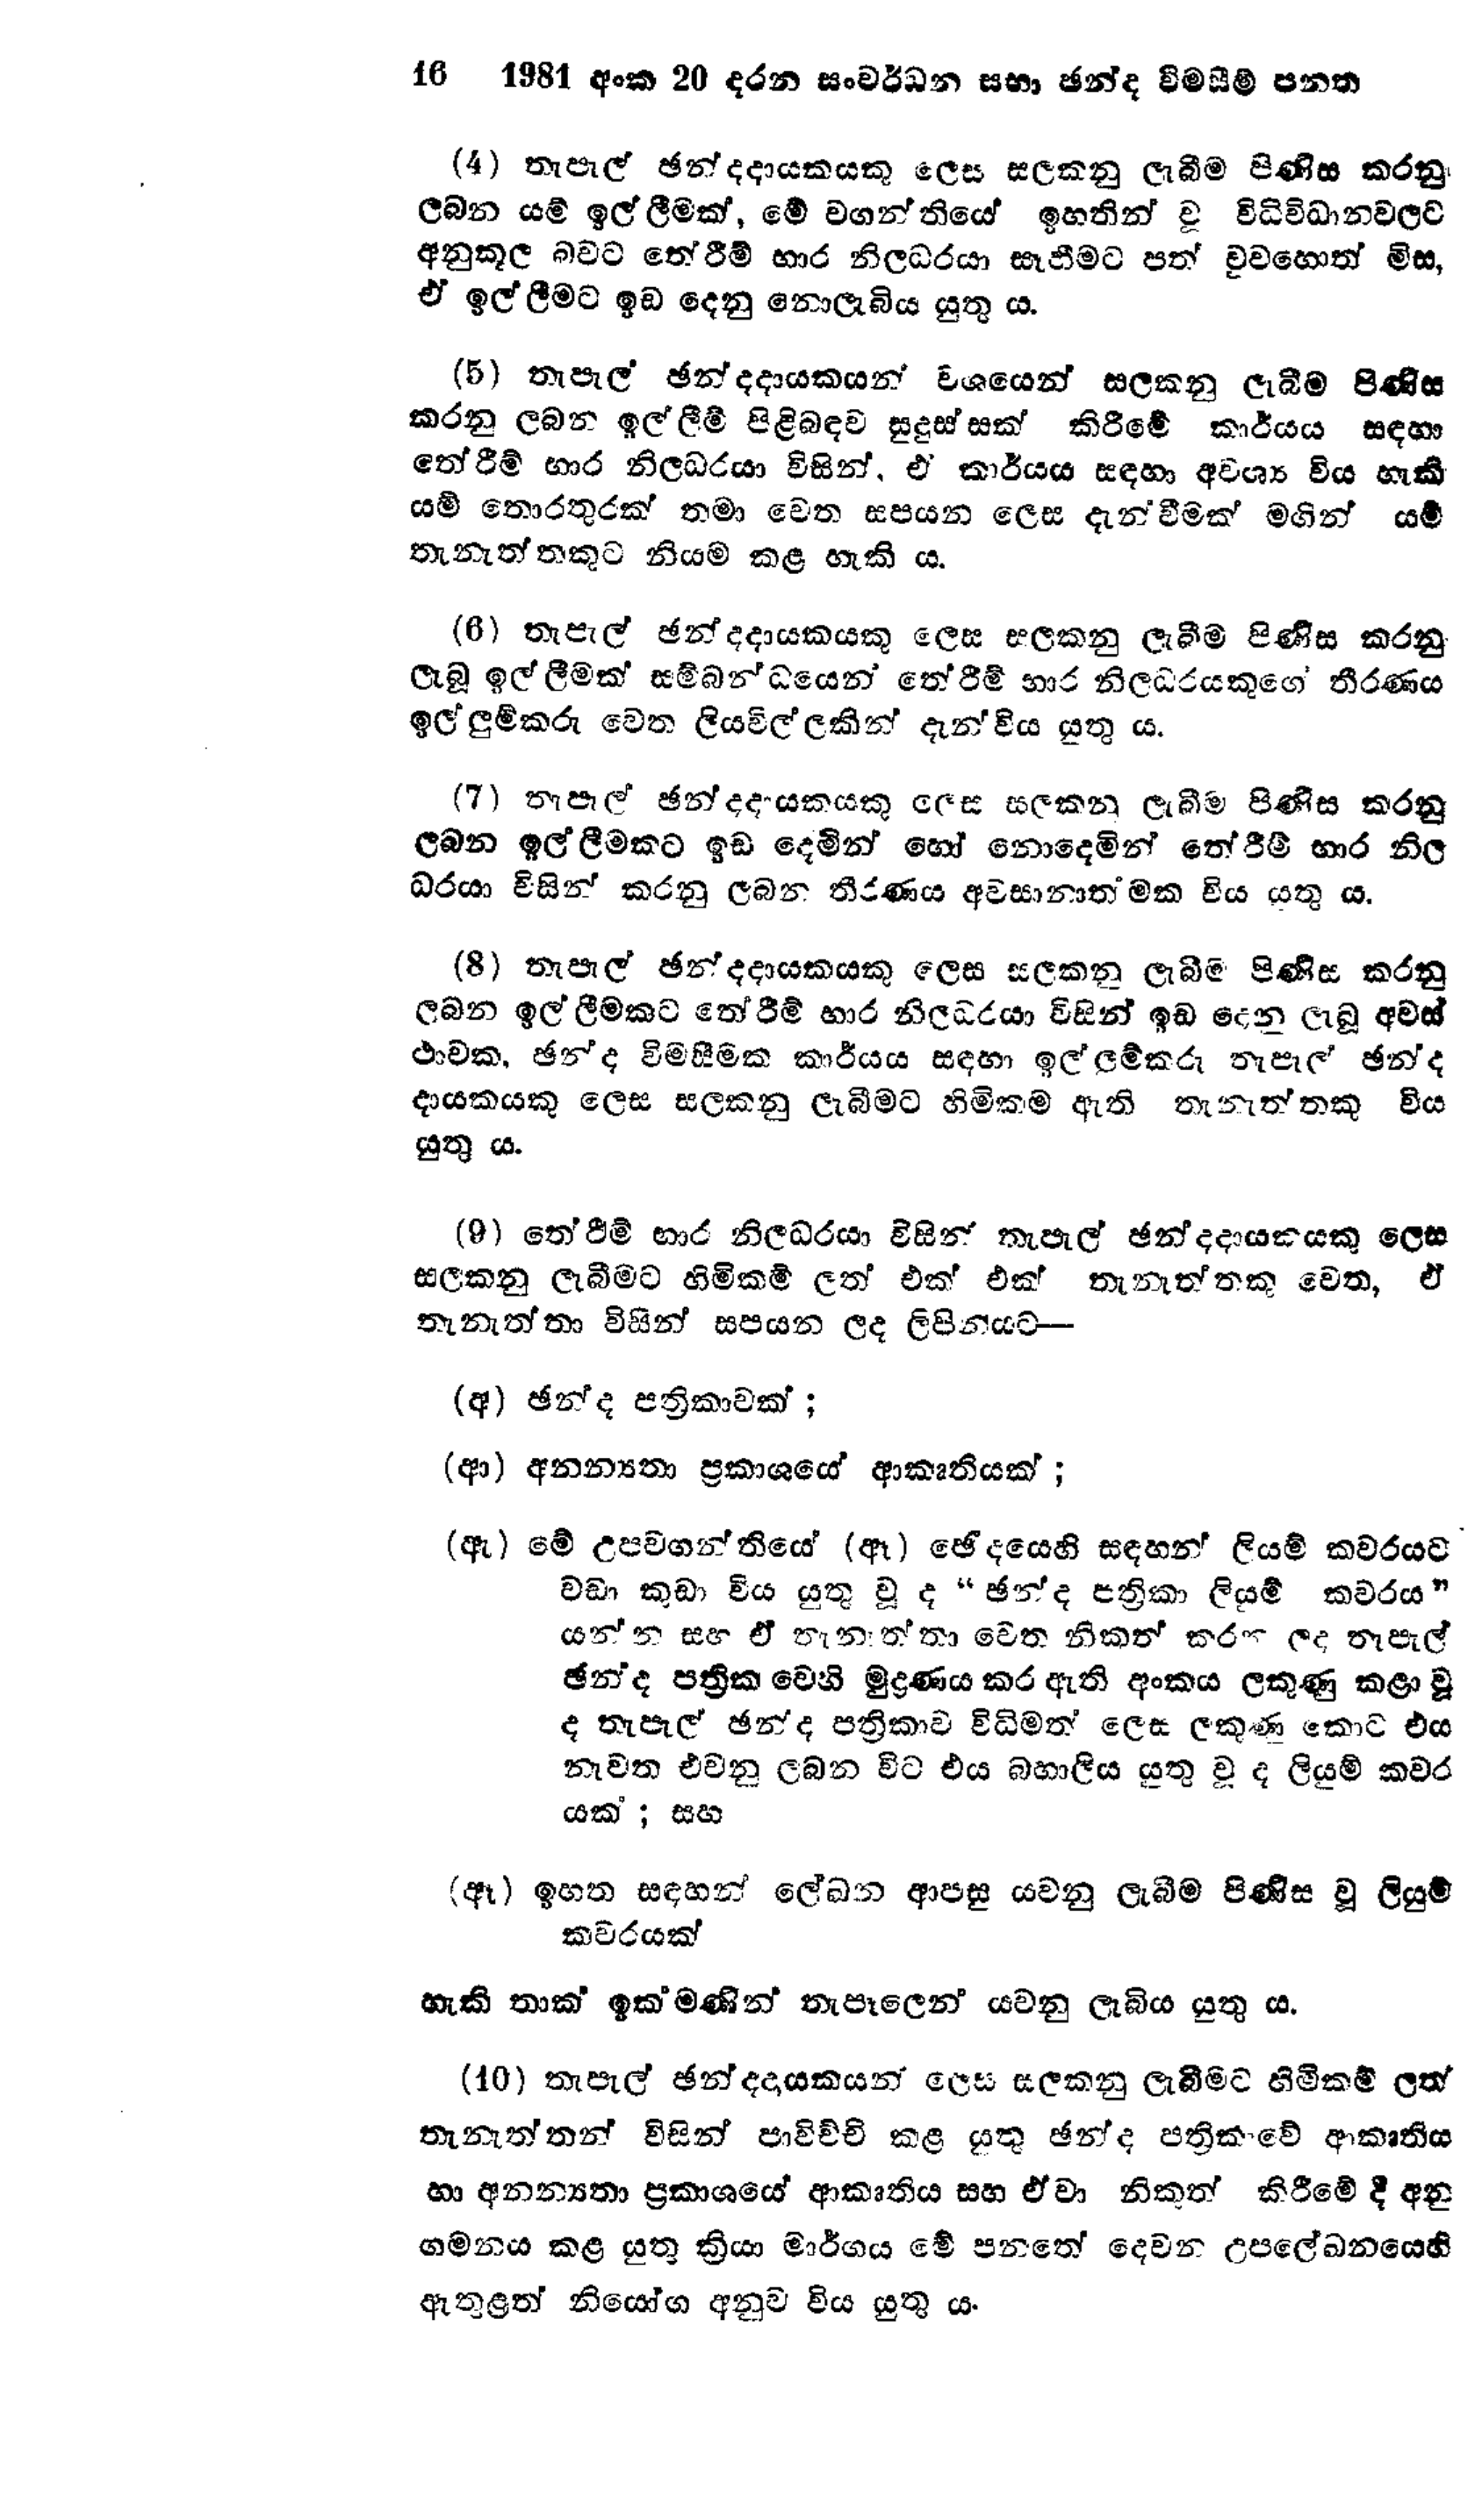
16	1981 අංක 20 දරන සංවර්ධන සභා ඡන්ද විමසීම් පනත

(4) තැපැල් ඡන්දදායකයකු ලෙස සලකනු ලැබීම පිණිස කරනු
ලබන යම් ඉල් ලීමක්, මේ වගන්තියේ ඉහතින් වූ විධිවිධානවලට
අනුකූල බවට තේරීම් භාර නිලධරයා සෑහීමට පත් වුව හොත් මිස,
ඒ ඉල්ලීමට ඉඩ දෙනු නොලැබිය යුතු ය.

(5) තැපැල් ඡන්දදායකයන් වශයෙන් සලකනු ලැබීම පිණිස
කරනු ලබන ඉල්ලීම් පිළිබඳව සුදුස්සක් කිරීමේ කාර්යය සඳහා
තේරීම් භාර නිලධරයා විසින්, ඒ කාර්යය සඳහා අවශ්‍ය විය හැකි
යම් තොරතුරක් තමා වෙත සපයන ලෙස දැන්වීමක් මගින් යම්
තැනැත්තකුට නියම කළ හැකි ය.

(6) තැපැල් ඡන්දදායකයකු ලෙස සලකනු ලැබීම පිණිස කරනු
ලැබූ ඉල්ලීමක් සම්බන්ධයෙන් තේරීම් භාර නිලධරයකුගේ තීරණය
ඉල්ලුම්කරු වෙත ලියවිල්ලකින් දැන්විය යුතුය.

(7) තැපැල් ඡන්දදායකයකු ලෙස සලකනු ලැබීම පිණිස කරනු
ලබන ඉල්ලීමකට ඉඩ දෙමින් හෝ නොදෙමින් තේරීම් භාර නිල
ධරයා විසින් කරනු ලබන තීරණය අවසානාත්මක විය යුතුය.

(8) තැපැල් ඡන්දදායකයකු ලෙස සලකනු ලැබීම් පිණිස කරනු
ලබන ඉල්ලීමකට තේරීම් භාර නිලධරයා විසින් ඉඩ දෙනු ලැබූ අවස්
ථාවක, ඡන්ද විමසීමක කාර්යය සඳහා ඉල්ලම්කරු තැපැල් ඡන්ද
දායකයකු ලෙස සලකනු ලැබීමට හිමිකම ඇති තැනැත්තකු විය
යුතු ය.

(9) තේරීම් භාර නිලධරයා විසින් තැපැල් ඡන්දදායකයකු ලෙස
සලකනු ලැබීමට හිමිකම් ලත් එක් එක් තැනැත්තකු වෙත, ඒ
තැනැත්තා විසින් සපයන ලද ලිපිනයට -

(අ) ඡන්ද පත්‍රිකාවක් ;

(ආ) අනන්‍යතා ප්‍රකාශයේ ආකෘතියක්;

(ඇ) මේ උපවගන්තියේ (ඈ) ඡෙදයෙහි සඳහන් ලියම් කවරයට
වඩා කුඩා විය යුතු වූ ද "ඡන්ද පත්‍රිකා ලියම් කවරය"
යන්න සහ ඒ තැනත්තා වෙත නිකුත් කරන ලද තැපැල්
ඡන්ද පත්‍රික වෙහි මුද්‍රණය කර ඇති අංකය ලකුණු කළා වූ
ද තැපැල් ඡන්ද පත්‍රිකාව විධිමත් ලෙස ලකුණු කොට එය
නැවත එවනු ලබන විට එය බහාලිය යුතු වූ ද ලියුම් කවර
යක්; සහ

(ඈ) ඉහත සඳහන් ලේඛන ආපසු යවනු ලැබීම පිණිස වූ ලියුම්
කවරයක්

හැකි තාක් ඉක්මණින් තැපෑලෙන් යවනු ලැබිය යුතු ය.

(10) තැපැල් ඡන්දදායකයන් ලෙස සලකනු ලැබීමට හිමිකම් ලත්
තැනැත්තන් විසින් පාවිච්චි කළ යුතු ඡන්ද පත්‍රිකාවේ ආකෘතිය
හා අනන්‍යතා ප්‍රකාශයේ ආකෘතිය සහ ඒවා නිකුත් කිරීමේ දී අනු
ගමනය කළ යුතු ක්‍රියා මාර්ගය මේ පනතේ දෙවන උපලේඛනයෙහි
ඇතුළත් නියෝග අනුව විය යුතු ය.